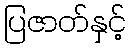
ပြဇာတ်နှင့်